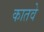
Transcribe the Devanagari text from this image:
कातवे